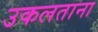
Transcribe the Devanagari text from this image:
उकलताना